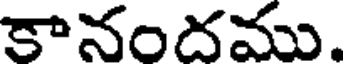
కానందము.